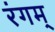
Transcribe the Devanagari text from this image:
रंगम्